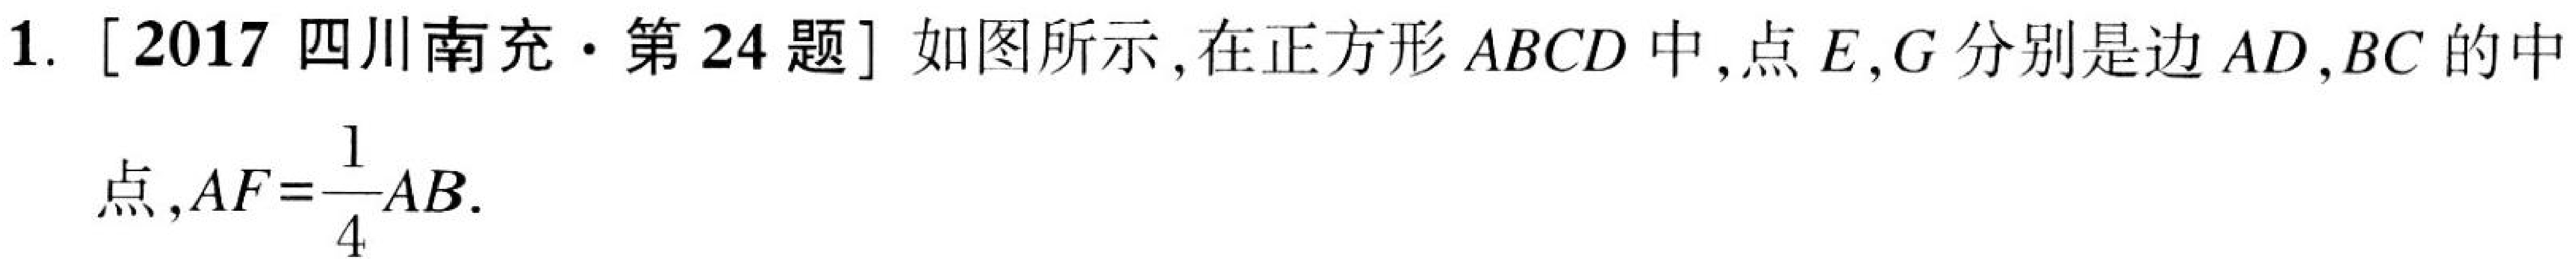
1. [2017 四川南充·第24题] 如图所示, 在正方形$ABCD$中, 点$E,G$分别是边$AD,BC$的中点, $AF = \dfrac{1}{4}AB$.